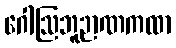
ဂေါဩဘူဉာဏကထာ